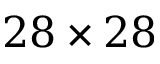
2 8 \times 2 8